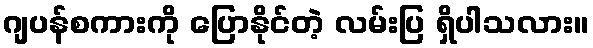
ဂျပန်စကားကို ပြောနိုင်တဲ့ လမ်းပြ ရှိပါသလား။